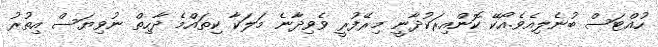
ހުއްޓަސް ބުނެލިއެވެ.އޯކޭ ކޮންއިރަކުދާނީ މިރޭފުރީ ވެވިދާނެ މަލަކާ ކިތައްމެ ދާހިތް ނުވިޔަސް އިތުރު